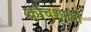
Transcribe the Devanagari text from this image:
क्रौंचशाकौ